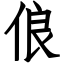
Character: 俍